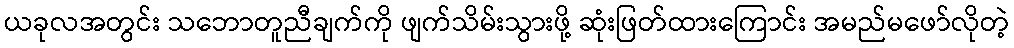
ယခုလအတွင်း သဘောတူညီချက်ကို ဖျက်သိမ်းသွားဖို့ ဆုံးဖြတ်ထားကြောင်း အမည်မဖော်လိုတဲ့